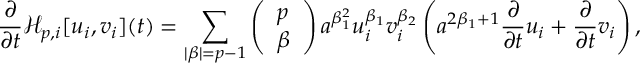
\frac { \partial } { \partial t } \mathscr { H } _ { p , i } [ u _ { i } , v _ { i } ] ( t ) = \sum _ { | \beta | = p - 1 } \left( \begin{array} { l } { p } \\ { \beta } \end{array} \right) a ^ { \beta _ { 1 } ^ { 2 } } u _ { i } ^ { \beta _ { 1 } } v _ { i } ^ { \beta _ { 2 } } \left( a ^ { 2 \beta _ { 1 } + 1 } \frac { \partial } { \partial t } u _ { i } + \frac { \partial } { \partial t } v _ { i } \right) ,